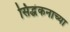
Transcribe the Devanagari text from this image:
सिद्धंकनाच्या